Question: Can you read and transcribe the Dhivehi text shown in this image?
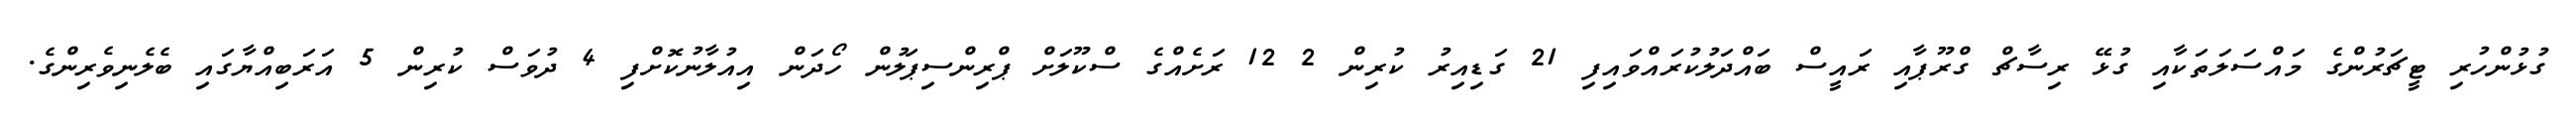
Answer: ގުޅުންހުރި ޓީޗަރުންގެ މައްސަލަތަކާއި ގުޅޭ ރިސާޗް ގްރޫޕާއި ރައީސް ބައްދަލުކުރައްވައިފި 21 ގަޑިއިރު ކުރިން 2 12 ރަށެއްގެ ސްކޫލަށް ޕްރިންސިޕަލުން ހޯދަން އިއުލާނުކޮށްފި 4 ދުވަސް ކުރިން 5 އަރަބިއްޔާގައި ބެލެނިވެރިންގެ.